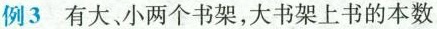
例3有大、小两个书架，大书架上书的本数